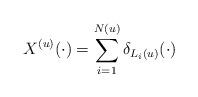
LaTeX: \begin{align*}X^{(u)}(\cdot) = \sum_{i=1}^{N(u)} \delta_{L_i (u)} (\cdot) \end{align*}